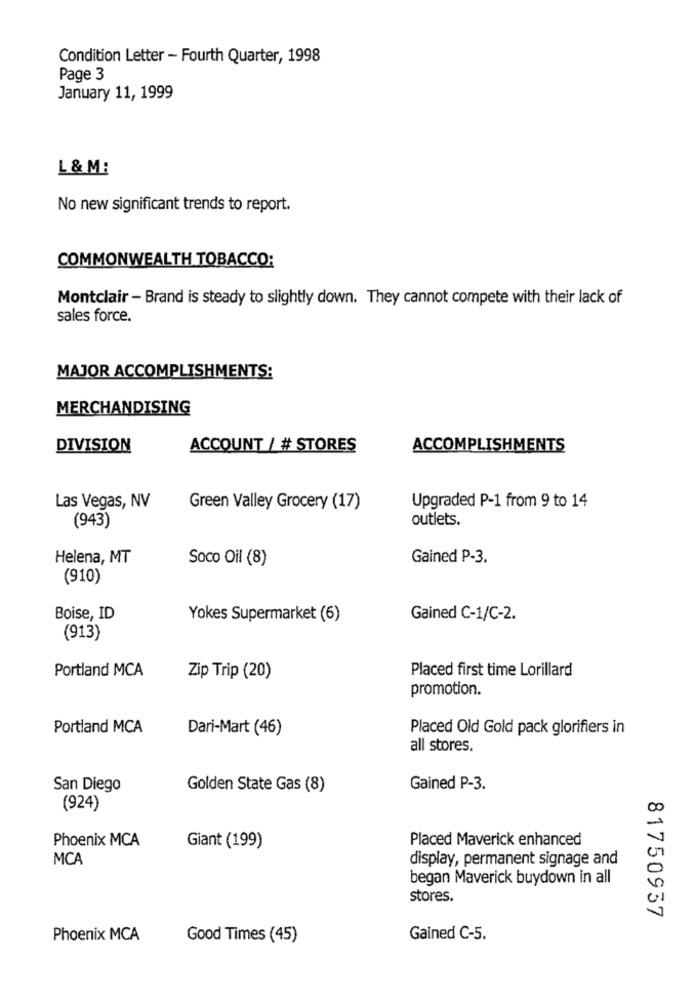
Condition Letter - Fourth Quarter, 1998
Page 3
January 11, 1999
L & M:
No new significant trends to report.
COMMONWEALTH TOBACCO:
Montclair - Brand is steady to slightly down. They cannot compete with their lack of
sales force.
MAJOR ACCOMPLISHMENTS:
MERCHANDISING
DIVISION
ACCOUNT / # STORES
ACCOMPLISHMENTS
Upgraded P-1 from 9 to 14
Las Vegas, NV
Green Valley Grocery (17)
outlets.
(943)
Helena, MT
Soco Oil (8)
Gained P-3.
(910)
Boise, ID
Yokes Supermarket (6)
Gained C-1/C-2.
(913)
Portland MCA
Placed first time Lorillard
Zip Trip (20)
promotion.
Portland MCA
Dari-Mart (46)
Placed Old Gold pack glorifiers in
all stores.
San Diego
Golden State Gas (8)
Gained P-3.
(924)
Phoenix MCA
Placed Maverick enhanced
Giant (199)
MCA
display, permanent signage and
began Maverick buydown in all
stores.
81750937
Phoenix MCA
Good Times (45)
Gained C-5.